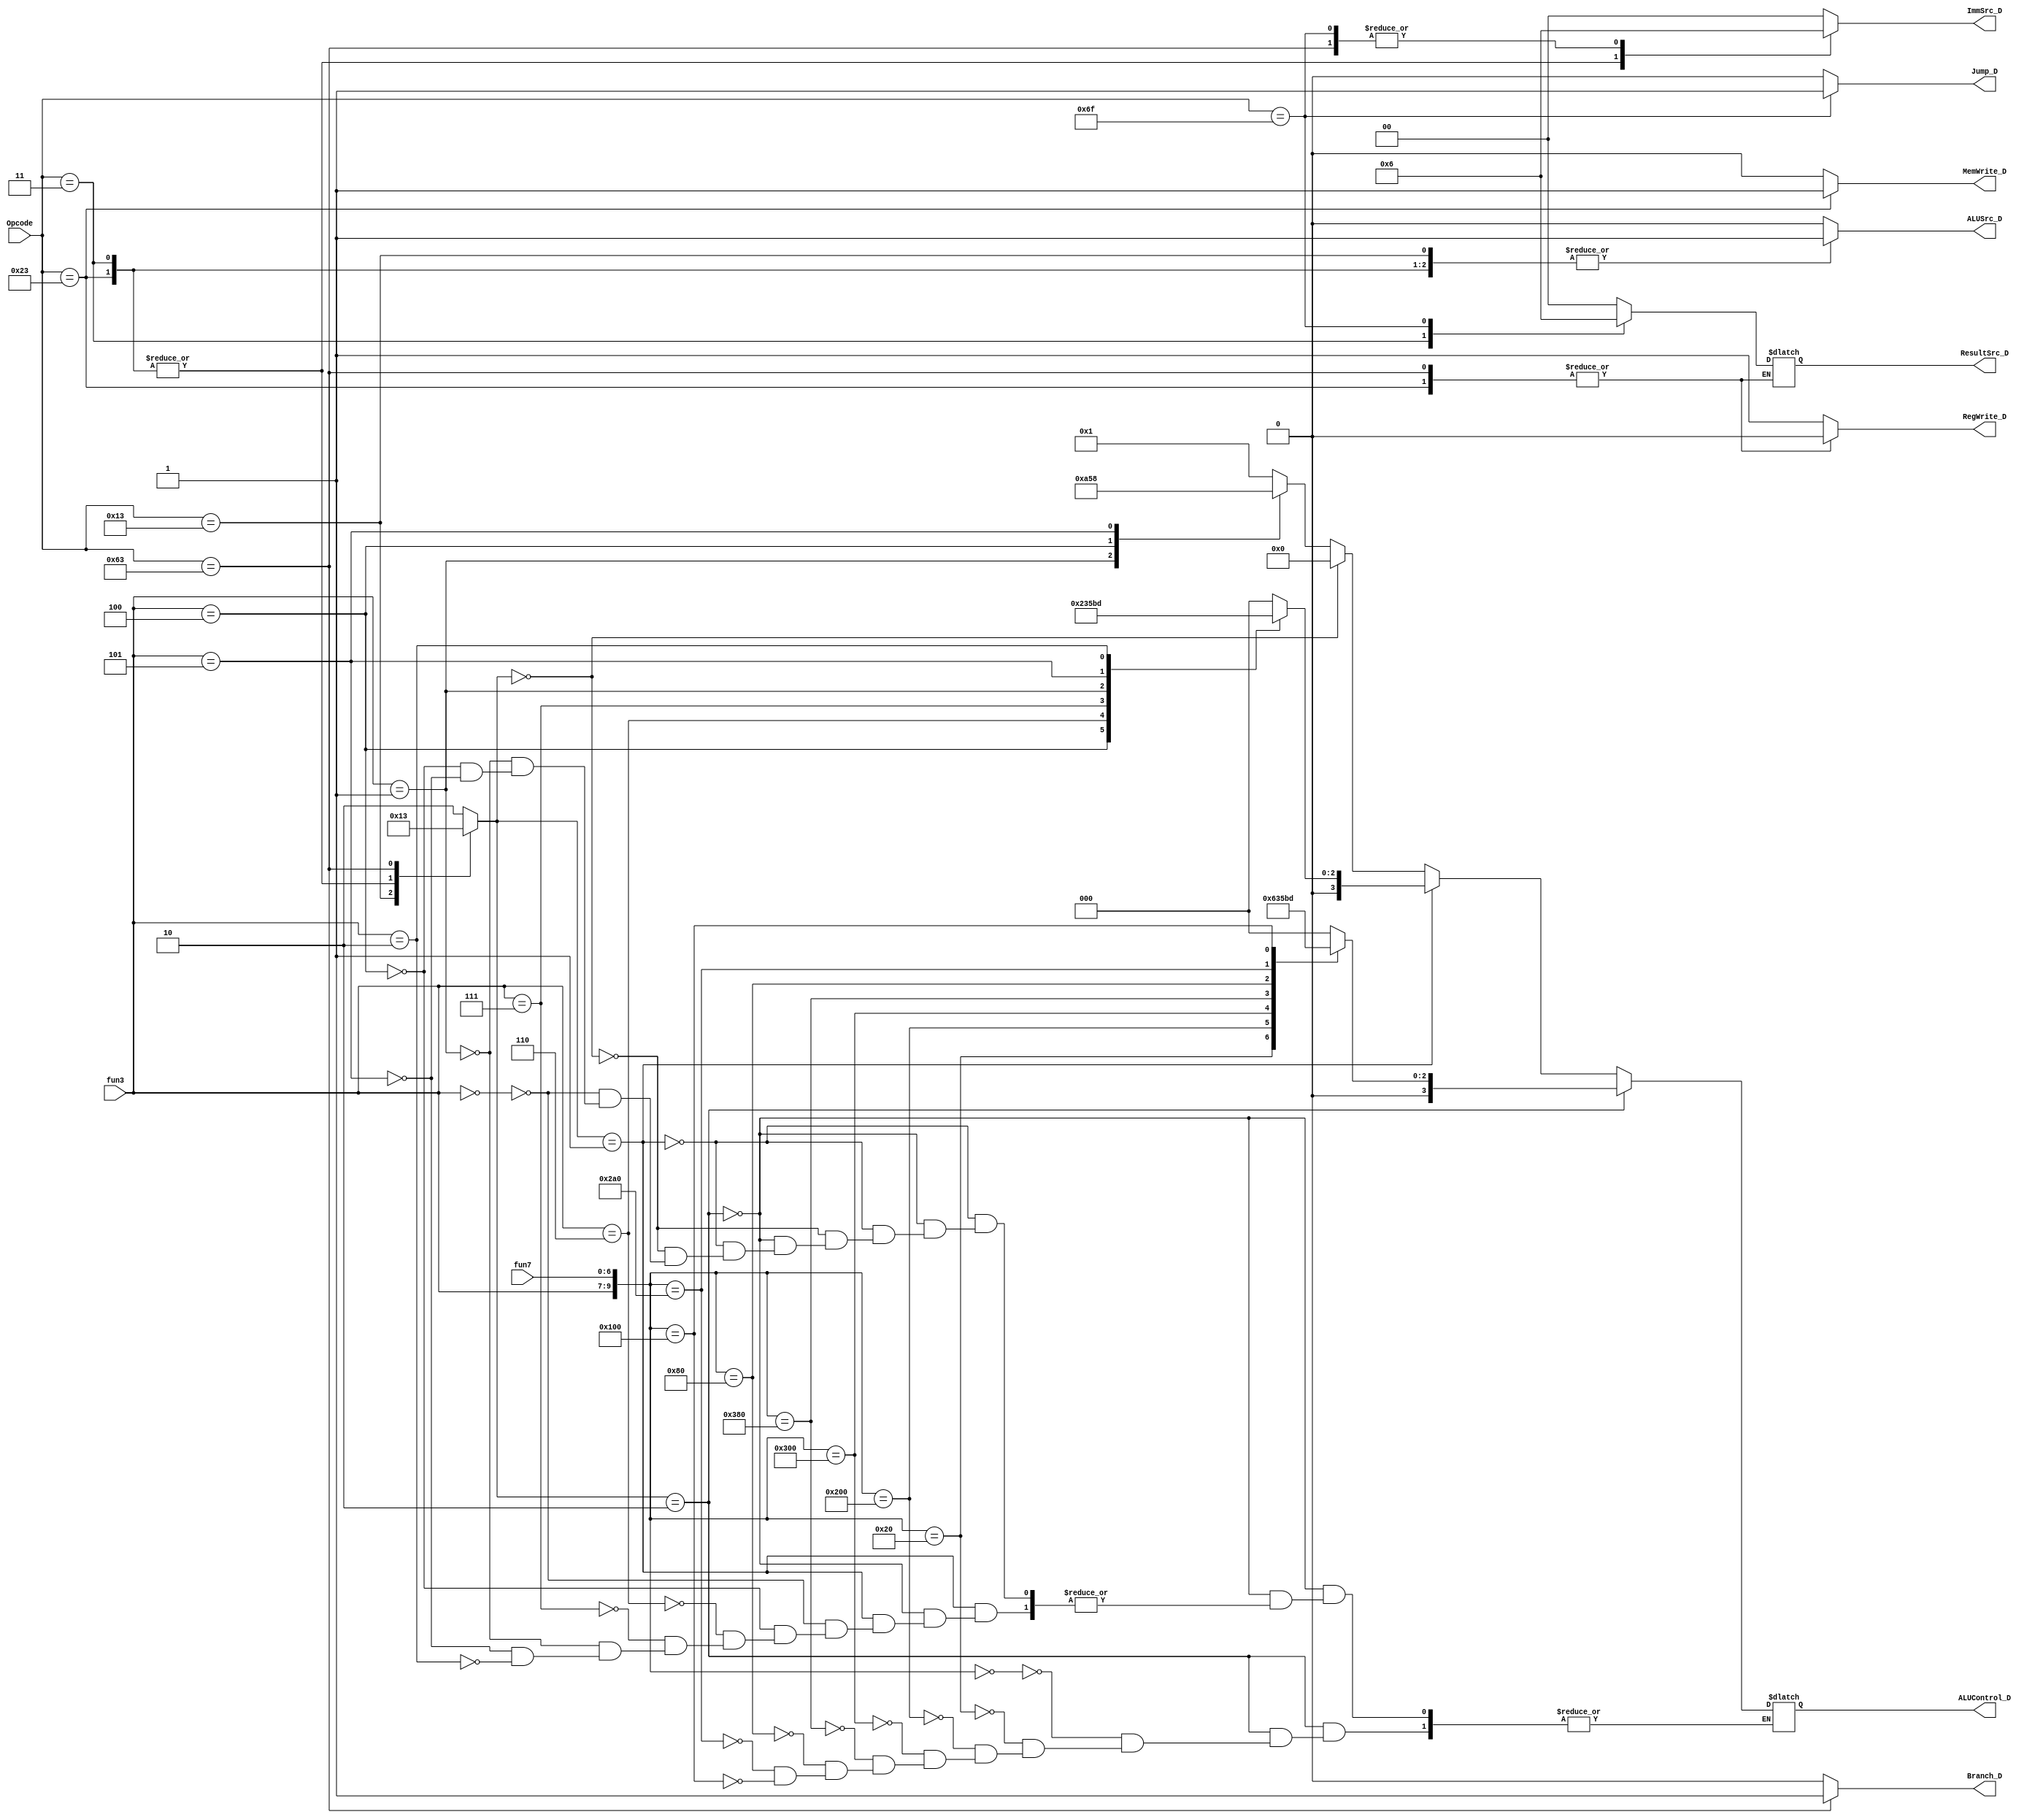
////////////////////////////// Control_Unit //////////////////////
module Control_Unit (
    input [6:0] Opcode,
    input [2:0] fun3,
    input [6:0]fun7,
    output reg RegWrite_D,
    output reg [1:0] ResultSrc_D,
    output reg MemWrite_D, 
    output reg Jump_D, 
    output reg Branch_D,
    output reg [3:0] ALUControl_D,
    output reg ALUSrc_D,
    output reg [1:0] ImmSrc_D
);
//wire [6:0] Opcode;
//assign Opcode = Instruction[6:0];
reg [1:0]ALUOp;
 always@(*)
    begin
        case (Opcode)
       7'b0110011: begin // R-Type
			RegWrite_D = 1;
			ImmSrc_D = 2'b00;
			ALUSrc_D = 0;
			MemWrite_D = 0;
			ResultSrc_D = 2'b00;
			Branch_D = 0;
			ALUOp = 2'b10;
			Jump_D = 0;
		end
		7'b 0010011: begin // I-Type
			RegWrite_D = 1;
			ImmSrc_D = 2'b00;
			ALUSrc_D = 1;
			MemWrite_D = 0;
			ResultSrc_D = 2'b00;
			Branch_D = 0;
			ALUOp = 2'b01;
			Jump_D = 0;
		end
		7'b 0100011: begin // S-Type
			RegWrite_D = 0;
			ImmSrc_D = 2'b01;
			ALUSrc_D = 1;
			MemWrite_D = 1;
			Branch_D=0;
			ALUOp=2'b00;
			Jump_D = 0;
		end
		7'b 0000011: begin // L-Type
			RegWrite_D = 1;
			ImmSrc_D = 2'b01;
			ALUSrc_D = 1;
			MemWrite_D = 0;
			Branch_D = 0;
			ALUOp = 2'b00;
			ResultSrc_D = 2'b01;
			Jump_D = 0;
		end
		7'b 1100011: begin // B-Type
			RegWrite_D=0;
			ImmSrc_D=2'b10;
			ALUSrc_D=0;
			MemWrite_D=0;
			Branch_D=1;
			ALUOp=2'b11;
			Jump_D = 0;
		end
		7'b 1101111: begin // J-Type
			RegWrite_D = 1;
			ImmSrc_D = 2'b10;
			ALUSrc_D = 0;
			MemWrite_D = 0;
			Branch_D = 0;
			ALUOp = 2'b10;
			ResultSrc_D = 2'b10;
			Jump_D = 1;
		end
        default: 
        begin // J-Type
			RegWrite_D = 1;
			ImmSrc_D = 2'b00;
			ALUSrc_D = 0;
			MemWrite_D = 0;
			ResultSrc_D = 2'b00;
			Branch_D = 0;
			ALUOp = 2'b10;
			Jump_D = 0;
		end
        endcase
    end

    parameter ADD_ALU = 4'b0000;
    parameter SUB_ALU = 4'b0001;
    parameter AND_ALU = 4'b0010;
    parameter OR_ALU =  4'b0011;
    parameter XOR_ALU = 4'b0100;
    parameter SLT_ALU = 4'b0101;
    parameter SHL_ALU = 4'b0110;
    parameter SHR_ALU = 4'b0111;
    parameter SGTe_ALU= 4'b1000;
    parameter EQUAL_ALU = 4'b1001;
    parameter NOT_EQUAL_ALU = 4'b1010;
    parameter ALUCONTROL_WIDTH = 4;
    parameter fun3_WIDTH = 3;
    parameter fun7_WIDTH = 7;
    parameter ALU_OP_WIDTH = 2;
    // alu control
    wire [fun3_WIDTH+fun7_WIDTH-1:0] get_fun;
    assign get_fun = {fun3, fun7};
    always@(*) begin // sai  ch alway @ (get_fun)
//-----------------------------------R-Type-----------------------------------//
    if(ALUOp == 2'b10) begin
        case(get_fun)  
            // add
            10'b0000000000: begin 
                ALUControl_D = ADD_ALU;
            end
            // sub
            10'b0000100000: begin 
                ALUControl_D = SUB_ALU;
            end
            // xor
            10'b1000000000: begin 
                ALUControl_D = XOR_ALU; 
            end
            // or
            10'b1100000000: begin
                ALUControl_D = OR_ALU;
            end
            // and
            10'b1110000000: begin 
                ALUControl_D = AND_ALU;
            end
            // shift_left
            10'b0010000000: begin 
                ALUControl_D = SHL_ALU;
            end
            // shift_right
            10'b1010100000: begin 
                ALUControl_D = SHR_ALU;
            end
            // less_than
            10'b0100000000: 
                ALUControl_D = SLT_ALU;
        endcase
    end

//-----------------------------------I-Type-----------------------------------//
    
    else if(ALUOp == 2'b01) begin
            case(fun3)
            // add
            3'b000: begin 
                ALUControl_D = ADD_ALU;
            end
            // xor
            3'b100: begin 
                ALUControl_D = XOR_ALU;
            end
            // or
            3'b110: begin 
                ALUControl_D = OR_ALU;
            end
            // and
            3'b111: begin 
                ALUControl_D = AND_ALU;
            end
            // shift_left
            3'b001: begin 
                ALUControl_D = SHL_ALU;
            end
            // shift_right
            3'b101: begin 
                ALUControl_D = SHR_ALU;
            end
            // less_than
            3'b010: begin 
                ALUControl_D = SLT_ALU;
            end
            endcase
    end

//-------------------------------S-Type | L-Type------------------------------//

    else if(ALUOp == 2'b00) begin
        ALUControl_D = ADD_ALU;
    end

//-----------------------------------B-Type-----------------------------------//

    else begin
        case(fun3)
            3'b000: begin
                ALUControl_D = SUB_ALU;
            end
            3'b001: begin
                ALUControl_D = NOT_EQUAL_ALU;
            end
            3'b100: begin
                ALUControl_D = SLT_ALU;
            end
            3'b101: begin
                ALUControl_D = SGTe_ALU;
            end
        endcase
    end
end

endmodule